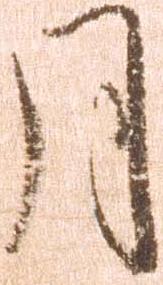
月